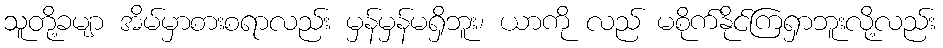
သူတို့ခမျာ အိမ်မှာစားစရာလည်း မှန်မှန်မရှိဘူး၊ ယာကို လည် မစိုက်နိုင်ကြရှာဘူးလို့လည်း